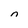
Character: n